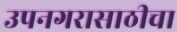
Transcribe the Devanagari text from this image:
उपनगरासाठीचा